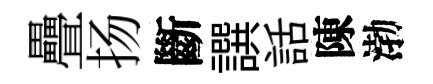
疊扬斷譔話陳渤